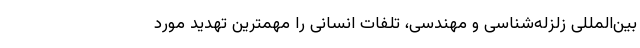
بین‌المللی زلزله‌شناسی و مهندسی، تلفات انسانی را مهمترین تهدید مورد